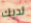
لديك